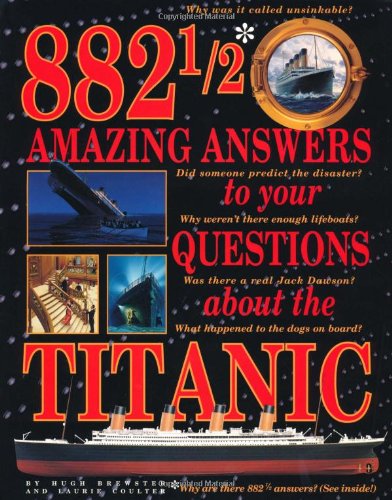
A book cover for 882 1/2 Amazing Answers to Your Questions About the Titanic; Hugh Brewster; Children's Books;